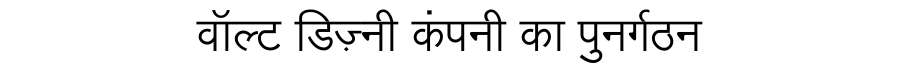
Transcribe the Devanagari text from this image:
वॉल्ट डिज़्नी कंपनी का पुनर्गठन